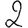
Digit: 2